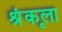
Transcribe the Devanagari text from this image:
श्रृंकला